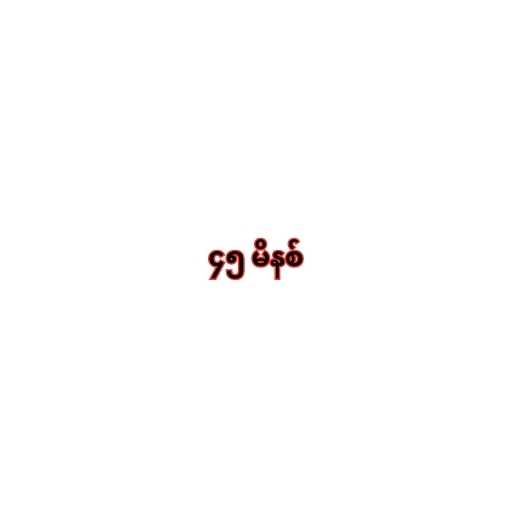
၄၅ မိနစ်